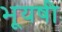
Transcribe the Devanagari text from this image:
भूयषी